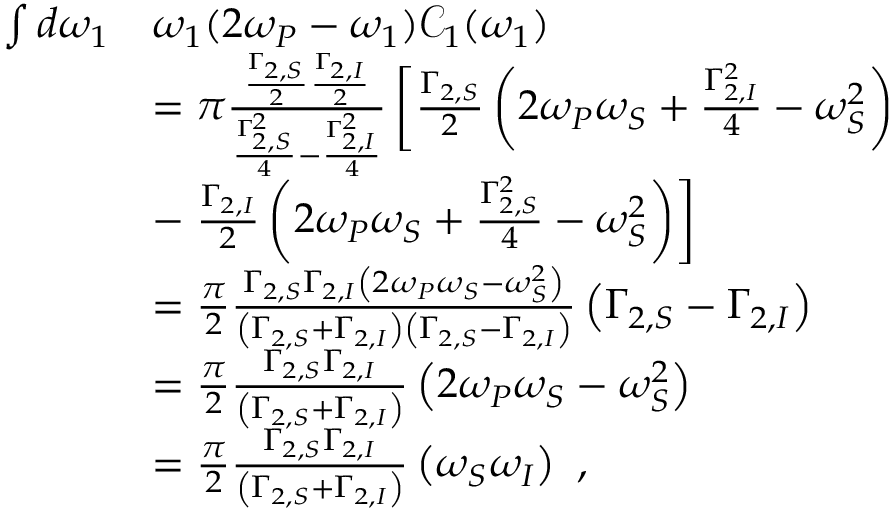
\begin{array} { r l } { \int d \omega _ { 1 } } & { \omega _ { 1 } ( 2 \omega _ { P } - \omega _ { 1 } ) \mathcal { C } _ { 1 } ( \omega _ { 1 } ) } \\ & { = \pi \frac { \frac { \Gamma _ { 2 , S } } { 2 } \frac { \Gamma _ { 2 , I } } { 2 } } { \frac { \Gamma _ { 2 , S } ^ { 2 } } { 4 } - \frac { \Gamma _ { 2 , I } ^ { 2 } } { 4 } } \left[ \frac { \Gamma _ { 2 , S } } { 2 } \left( 2 \omega _ { P } \omega _ { S } + \frac { \Gamma _ { 2 , I } ^ { 2 } } { 4 } - \omega _ { S } ^ { 2 } \right) \right. } \\ & { - \left. \frac { \Gamma _ { 2 , I } } { 2 } \left( 2 \omega _ { P } \omega _ { S } + \frac { \Gamma _ { 2 , S } ^ { 2 } } { 4 } - \omega _ { S } ^ { 2 } \right) \right] } \\ & { = \frac { \pi } { 2 } \frac { \Gamma _ { 2 , S } \Gamma _ { 2 , I } \left( 2 \omega _ { P } \omega _ { S } - \omega _ { S } ^ { 2 } \right) } { \left( \Gamma _ { 2 , S } + \Gamma _ { 2 , I } \right) \left( \Gamma _ { 2 , S } - \Gamma _ { 2 , I } \right) } \left( \Gamma _ { 2 , S } - \Gamma _ { 2 , I } \right) } \\ & { = \frac { \pi } { 2 } \frac { \Gamma _ { 2 , S } \Gamma _ { 2 , I } } { \left( \Gamma _ { 2 , S } + \Gamma _ { 2 , I } \right) } \left( 2 \omega _ { P } \omega _ { S } - \omega _ { S } ^ { 2 } \right) } \\ & { = \frac { \pi } { 2 } \frac { \Gamma _ { 2 , S } \Gamma _ { 2 , I } } { \left( \Gamma _ { 2 , S } + \Gamma _ { 2 , I } \right) } \left( \omega _ { S } \omega _ { I } \right) \ , } \end{array}